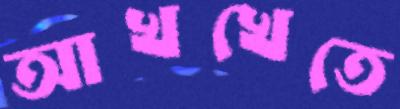
আখখেতে